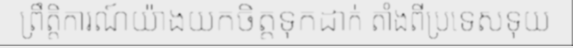
ព្រឹត្តិការណ៍យ៉ាងយកចិត្តទុកដាក់ តាំងពីប្រទេសទុយ